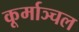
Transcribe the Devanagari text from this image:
कूर्माञ्चल